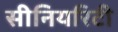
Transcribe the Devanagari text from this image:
सीनियरिटी